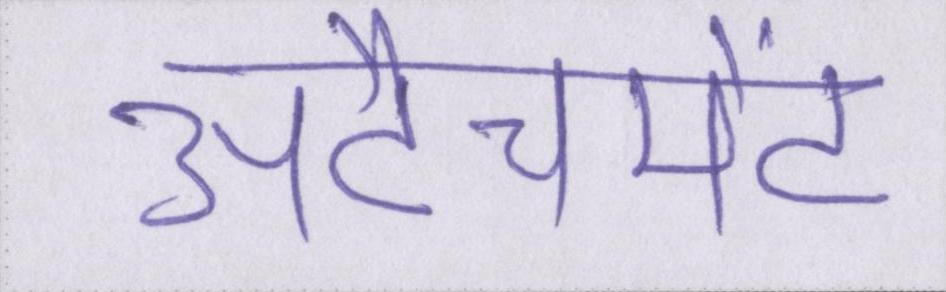
अटैचमेंट